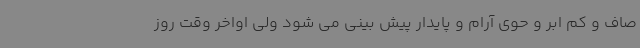
صاف و کم ابر و حوی آرام و پایدار پیش بینی می شود ولی اواخر وقت روز